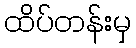
ထိပ်တန်းမှ